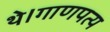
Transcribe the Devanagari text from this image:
थे।गाणपत्य